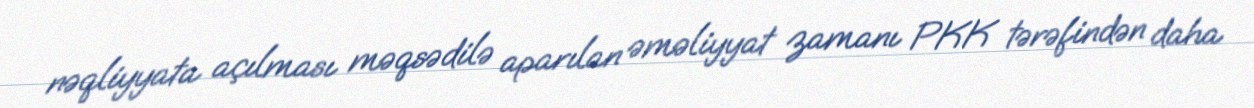
nəqliyyata açılması məqsədilə aparılan əməliyyat zamanı PKK tərəfindən daha